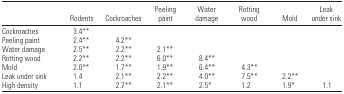
|  | Rodents | Cockroaches | Peeling paint | Water damage | Rotting wood | Mold | Leak under sink |
 | --- | --- | --- | --- | --- | --- | --- | --- |
 | Cockroaches | 3.4** |  |  |  |  |  |  |
 | Peeling paint | 2.4** | 4.2** |  |  |  |  |  |
 | Water damage | 2.5** | 2.2** | 2.1** |  |  |  |  |
 | Rotting wood | 2.2** | 2.2** | 6.0** | 8.4** |  |  |  |
 | Mold | 2.0** | 1.7** | 1.9** | 6.4** | 4.3** |  |  |
 | Leak under sink | 1.4 | 2.1** | 2.2** | 4.0** | 7.5** | 2.2** |  |
 | High density | 1.1 | 2.7** | 2.1** | 2.5* | 1.2 | 1.9* | 1.1 |